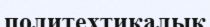
политехтикалық